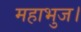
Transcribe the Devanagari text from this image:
महाभुज।